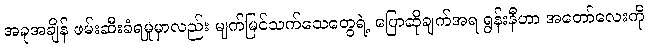
အခုအချိန် ဖမ်းဆီးခံရမှုမှာလည်း မျက်မြင်သက်သေတွေရဲ့ ပြောဆိုချက်အရ ရွန်းနီဟာ အတော်လေးကို